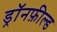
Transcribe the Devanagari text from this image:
ड्रॉनफ़ील्ड